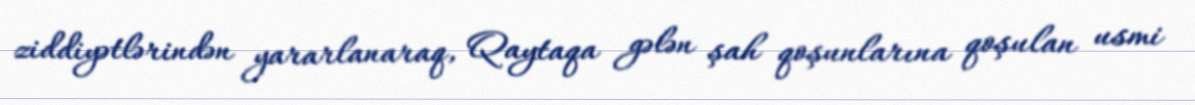
ziddiyətlərindən yararlanaraq, Qaytaqa gələn şah qoşunlarına qoşulan usmi